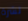
نشرة